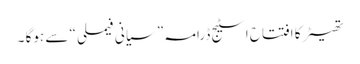
تھیٹر کا افتتاح اسٹیج ڈرامہ ” سیانی فیملی “ سے ہوگا ۔